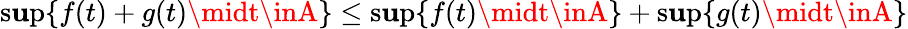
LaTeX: \operatorname*{s\mathbf{u}p}\{ f(t)+g(t)\midt\inA\} \leq\operatorname*{s\mathbf{u}p}\{ f(t)\midt\inA\} +\operatorname*{s\mathbf{u}p}\{ g(t)\midt\inA\}